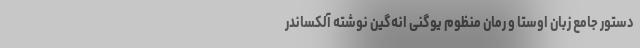
دستور جامع زبان اوستا و رمان منظوم یِوْگٍنی انه‌گین نوشته آلکساندر